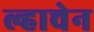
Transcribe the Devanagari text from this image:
ल्हाचेन